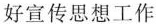
军人事务系统宣传思想工作，是退役军人整体工作的